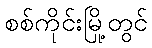
စစ်ကိုင်းမြို့တွင်